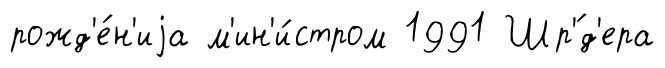
рожд'е́н'иjа м'ин'и́стром 1991 Шр'́д'ера